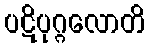
ပဋိပုဂ္ဂလောတိ